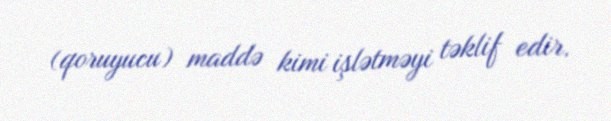
(qoruyucu) maddə kimi işlətməyi təklif edir.